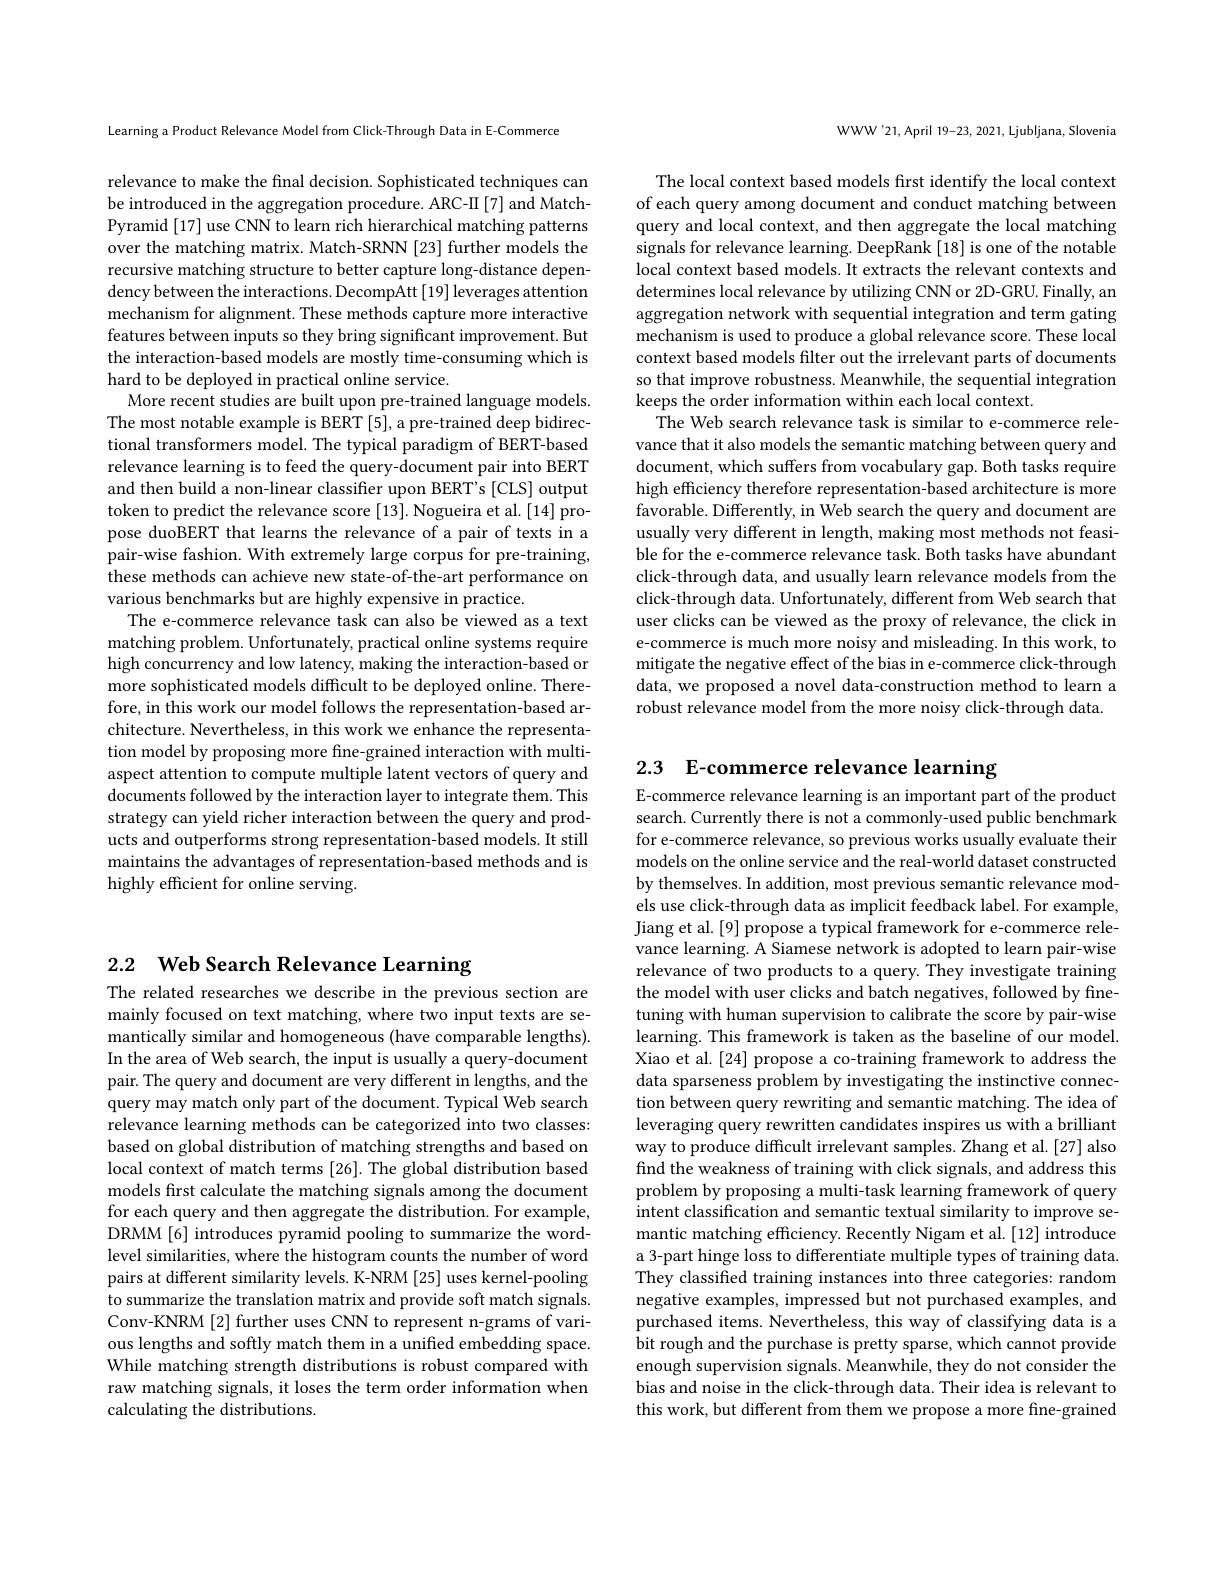
Learning a Product Relevance Model from Click-Through Data in E-Commerce

relevance to make the final decision. Sophisticated techniques can be introduced in the aggregation procedure. ARC-II [7] and MatchPyramid[17] use CNN to learn rich hierarchical matching patterns over the matching matrix. Match-SRNN [23] further models the recursive matching structure to better capture long-distance dependency between the interactions. DecompAtt[19] leverages attention mechanism for alignment. These methods capture more interactive features between inputs so they bring significant improvement. But the interaction-based models are mostly time-consuming which is hard to be deployed in practical online service.
More recent studies are built upon pre-trained language models. The most notable example is BERT [5], a pre-trained deep bidirectional transformers model. The typical paradigm of BERT-based relevance learning is to feed the query-document pair into BERT and then build a non-linear classifier upon BERT's [CLS] output token to predict the relevance score [13]. Nogueira et al. [14] propose duoBERT that learns the relevance of a pair of texts in a pair-wise fashion. With extremely large corpus for pre-training, these methods can achieve new state-of-the-art performance on various benchmarks but are highly expensive in practice.
The e-commerce relevance task can also be viewed as a text matching problem. Unfortunately, practical online systems require high concurrency and low latency, making the interaction-based or more sophisticated models difficult to be deployed online. Therefore, in this work our model follows the representation-based architecture. Nevertheless, in this work we enhance the representation model by proposing more fine-grained interaction with multiaspect attention to compute multiple latent vectors of query and documents followed by the interaction layer to integrate them. This strategy can yield richer interaction between the query and products and outperforms strong representation-based models. It still maintains the advantages of representation-based methods and is highly efficient for online serving.

WWW'21,April 19-23, 2021, Ljubljana, Slovenia

The local context based models first identify the local context of each query among document and conduct matching between query and local context, and then aggregate the local matching signals for relevance learning. DeepRank [18] is one of the notable local context based models. It extracts the relevant contexts and determines local relevance by utilizing CNN or 2D-GRU. Finally, an aggregation network with sequential integration and term gating mechanism is used to produce a global relevance score. These local context based models filter out the irrelevant parts of documents so that improve robustness. Meanwhile, the sequential integration keeps the order information within each local context.
The Web search relevance task is similar to e-commerce relevance that it also models the semantic matching between query and document, which suffers from vocabulary gap. Both tasks require high efficiency therefore representation-based architecture is more favorable. Differently, in Web search the query and document are usually very different in length, making most methods not feasible for the e-commerce relevance task. Both tasks have abundant click-through data, and usually learn relevance models from the click-through data. Unfortunately, different from Web search that user clicks can be viewed as the proxy of relevance, the click in e-commerce is much more noisy and misleading. In this work, to mitigate the negative effect of the bias in e-commerce click-through data, we proposed a novel data-construction method to learn a robust relevance model from the more noisy click-through data.

# 2.2 Web Search Relevance Learning

The related researches we describe in the previous section are mainly focused on text matching, where two input texts are semantically similar and homogeneous (have comparable lengths). In the area of Web search, the input is usually a query-document pair. The query and document are very different in lengths, and the query may match only part of the document. Typical Web search relevance learning methods can be categorized into two classes: based on global distribution of matching strengths and based on local context of match terms [26]. The global distribution based models first calculate the matching signals among the document for each query and then aggregate the distribution. For example, DRMM [6] introduces pyramid pooling to summarize the wordlevel similarities, where the histogram counts the number of word pairs at different similarity levels. K-NRM [25] uses kernel-pooling to summarize the translation matrix and provide soft match signals. Conv-KNRM [2] further uses CNN to represent n-grams of various lengths and softly match them in a unified embedding space. While matching strength distributions is robust compared with raw matching signals, it loses the term order information when calculating the distributions.

2.3 E-commerce relevance learning
E-commerce relevance learning is an important part of the product search. Currently there is not a commonly-used public benchmark for e-commerce relevance, so previous works usually evaluate their models on the online service and the real-world dataset constructed by themselves. In addition, most previous semantic relevance models use click-through data as implicit feedback label. For example, Jiang et al.[9] propose a typical framework for e-commerce relevance learning. A Siamese network is adopted to learn pair-wise relevance of two products to a query. They investigate training the model with user clicks and batch negatives, followed by finetuning with human supervision to calibrate the score by pair-wise learning. This framework is taken as the baseline of our model. Xiao et al. [24] propose a co-training framework to address the data sparseness problem by investigating the instinctive connection between query rewriting and semantic matching. The idea of leveraging query rewritten candidates inspires us with a brilliant way to produce difficult irrelevant samples. Zhang et al.[27] also find the weakness of training with click signals, and address this problem by proposing a multi-task learning framework of query intent classification and semantic textual similarity to improve semantic matching efficiency. Recently Nigam et al. [12] introduce a 3-part hinge loss to differentiate multiple types of training data. They classified training instances into three categories: random negative examples, impressed but not purchased examples, and purchased items. Nevertheless, this way of classifying data is a bit rough and the purchase is pretty sparse, which cannot provide enough supervision signals. Meanwhile, they do not consider the bias and noise in the click-through data. Their idea is relevant to this work, but different from them we propose a more fine-grained